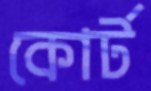
কোর্ট